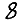
Digit: 8